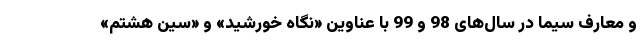
و معارف سیما در سال‌های 98 و 99 با عناوین «نگاه خورشید» و «سین هشتم»